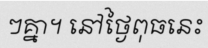
ៗគ្នា។ នៅថ្ងៃពុធនេះ